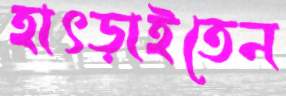
হাৎড়াইতেন